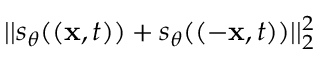
| | s _ { \theta } ( ( \mathbf { x } , t ) ) + s _ { \theta } ( ( - \mathbf { x } , t ) ) | | _ { 2 } ^ { 2 }